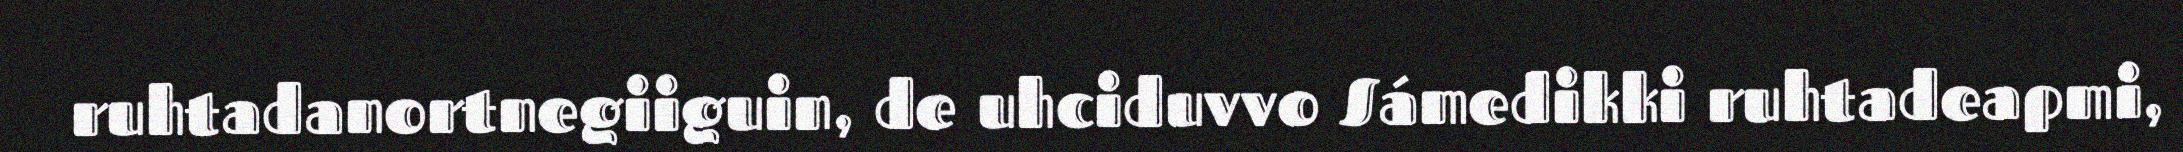
ruhtadanortnegiiguin, de uhciduvvo Sámedikki ruhtadeapmi,